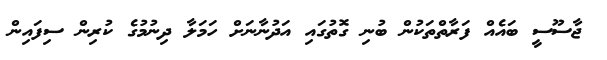
ޖާސޫސީ ބައެއް ފަރާތްތަކުން ބުނި ގޮތުގައި އަދުނާނަށް ހަމަލާ ދިނުމުގެ ކުރިން ސިފައިން